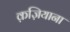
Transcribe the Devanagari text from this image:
क़ज़ियाना